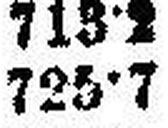
725·7